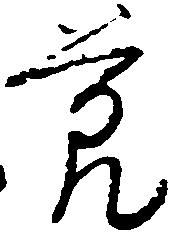
節